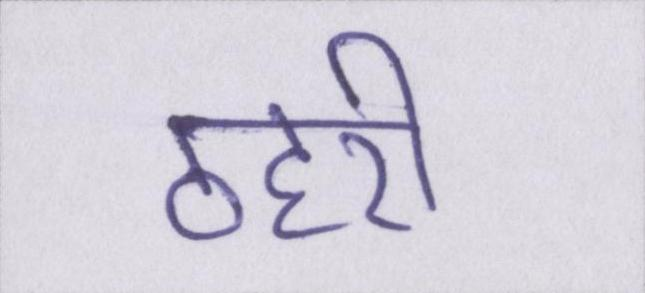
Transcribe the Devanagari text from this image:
ठहरी